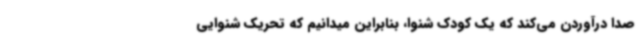
صدا درآوردن می‌کند که یک کودک شنوا، بنابراین میدانیم که تحریک شنوایی